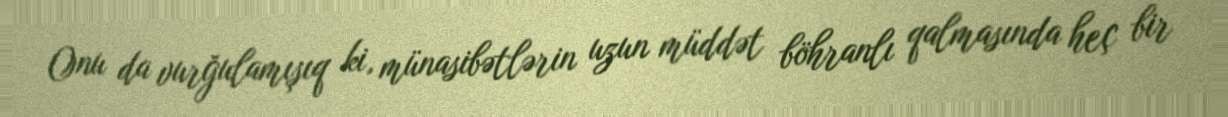
Onu da vurğulamışıq ki, münasibətlərin uzun müddət böhranlı qalmasında heç bir